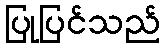
ပြုပြင်သည်